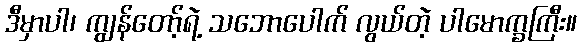
ဒီမှာပါ၊ ကျွန်တော့်ရဲ့ သဘောပေါက် လွယ်တဲ့ ပါမောက္ခကြီး။